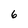
Character: 6